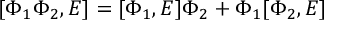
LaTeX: [ \Phi _ { 1 } \Phi _ { 2 } , E ] = [ \Phi _ { 1 } , E ] \Phi _ { 2 } + \Phi _ { 1 } [ \Phi _ { 2 } , E ]